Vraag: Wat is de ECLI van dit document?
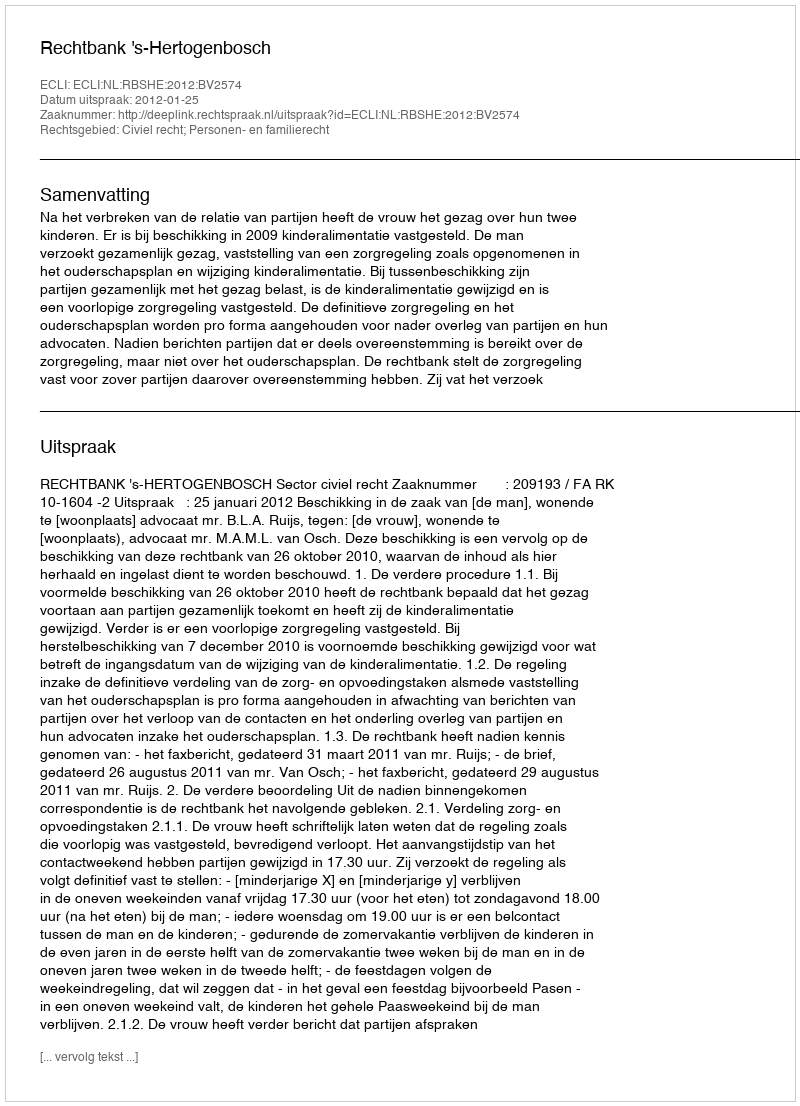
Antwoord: ECLI:NL:RBSHE:2012:BV2574